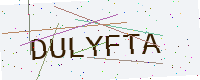
Text: DULYFTA